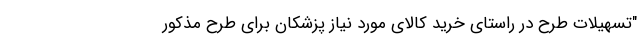
"تسهیلات طرح در راستای خرید کالای مورد نیاز پزشکان برای طرح مذکور